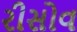
રીસોવ